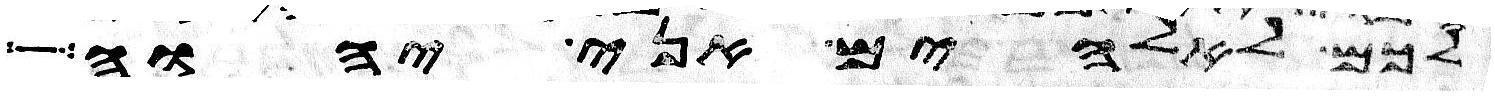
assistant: לכם לאלהים אני יהוה